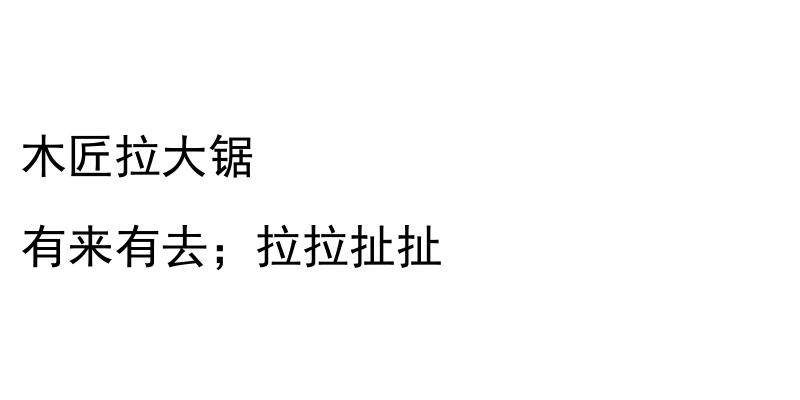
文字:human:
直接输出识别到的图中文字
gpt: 木匠拉大锯 有来有去；拉拉扯扯